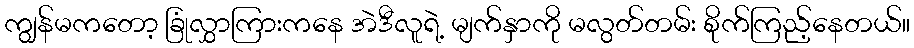
ကျွန်မကတော့ ခြုံလွှာကြားကနေ အဲဒီလူရဲ့ မျက်နှာကို မလွတ်တမ်း စိုက်ကြည့်နေတယ်။